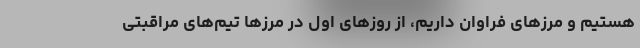
هستیم و مرزهای فراوان داریم، از روزهای اول در مرزها تیم‌های مراقبتی